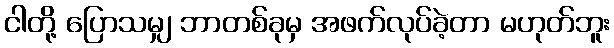
ငါတို့ ပြောသမျှ ဘာတစ်ခုမှ အဖက်လုပ်ခဲ့တာ မဟုတ်ဘူး